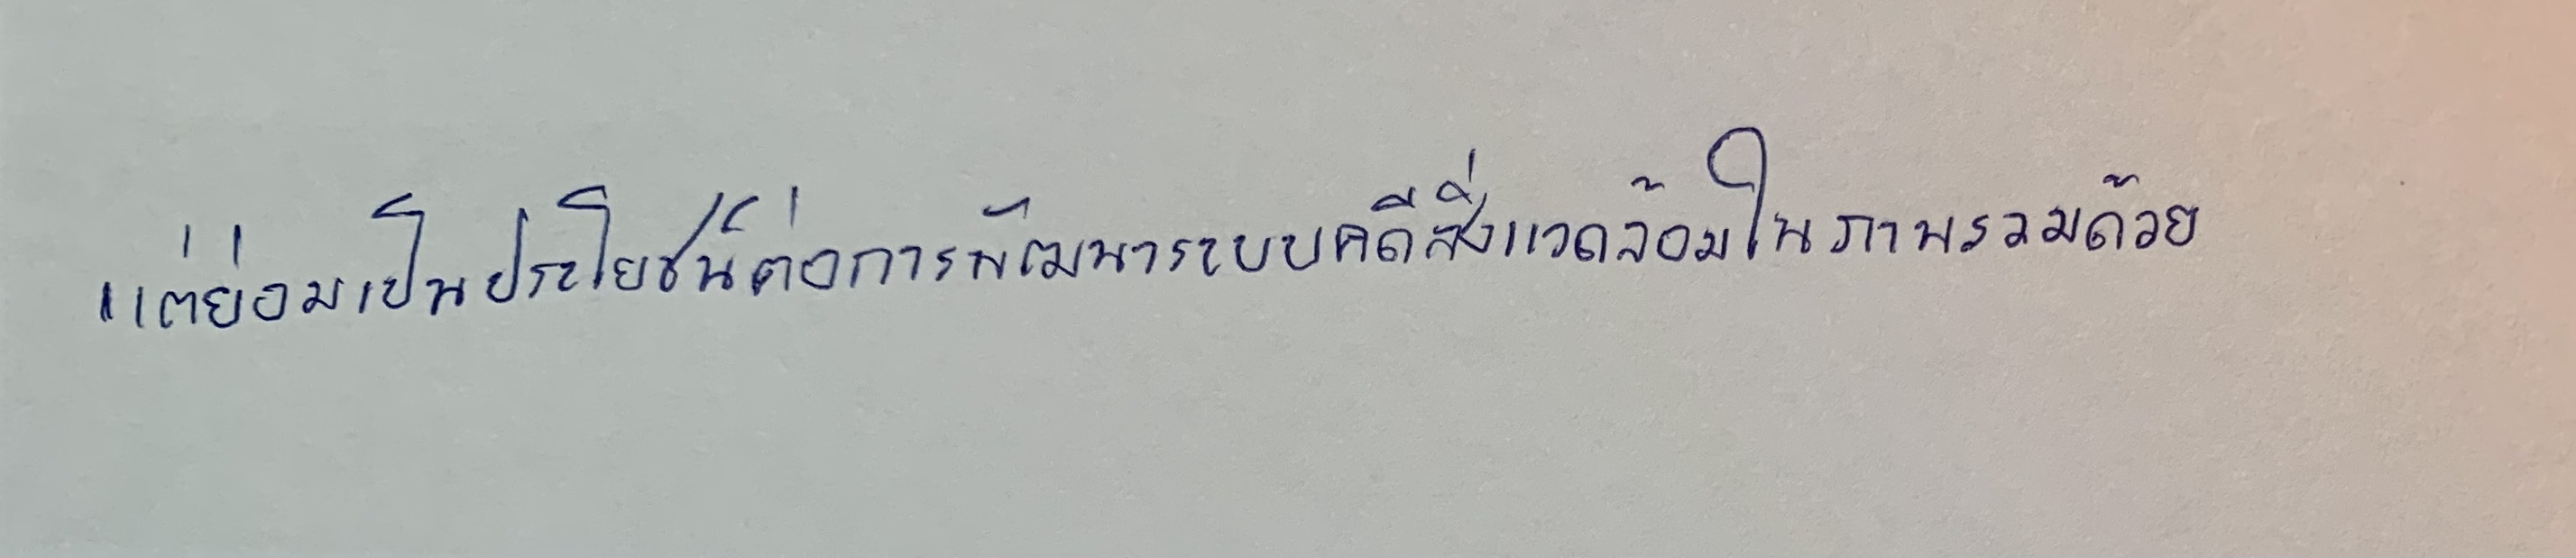
แต่ย่อมเป็นประโยชน์ต่อการพัฒนาระบบคดีสิ่งแวดล้อมในภาพรวมด้วย